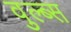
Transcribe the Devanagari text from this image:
वुल्ब्स